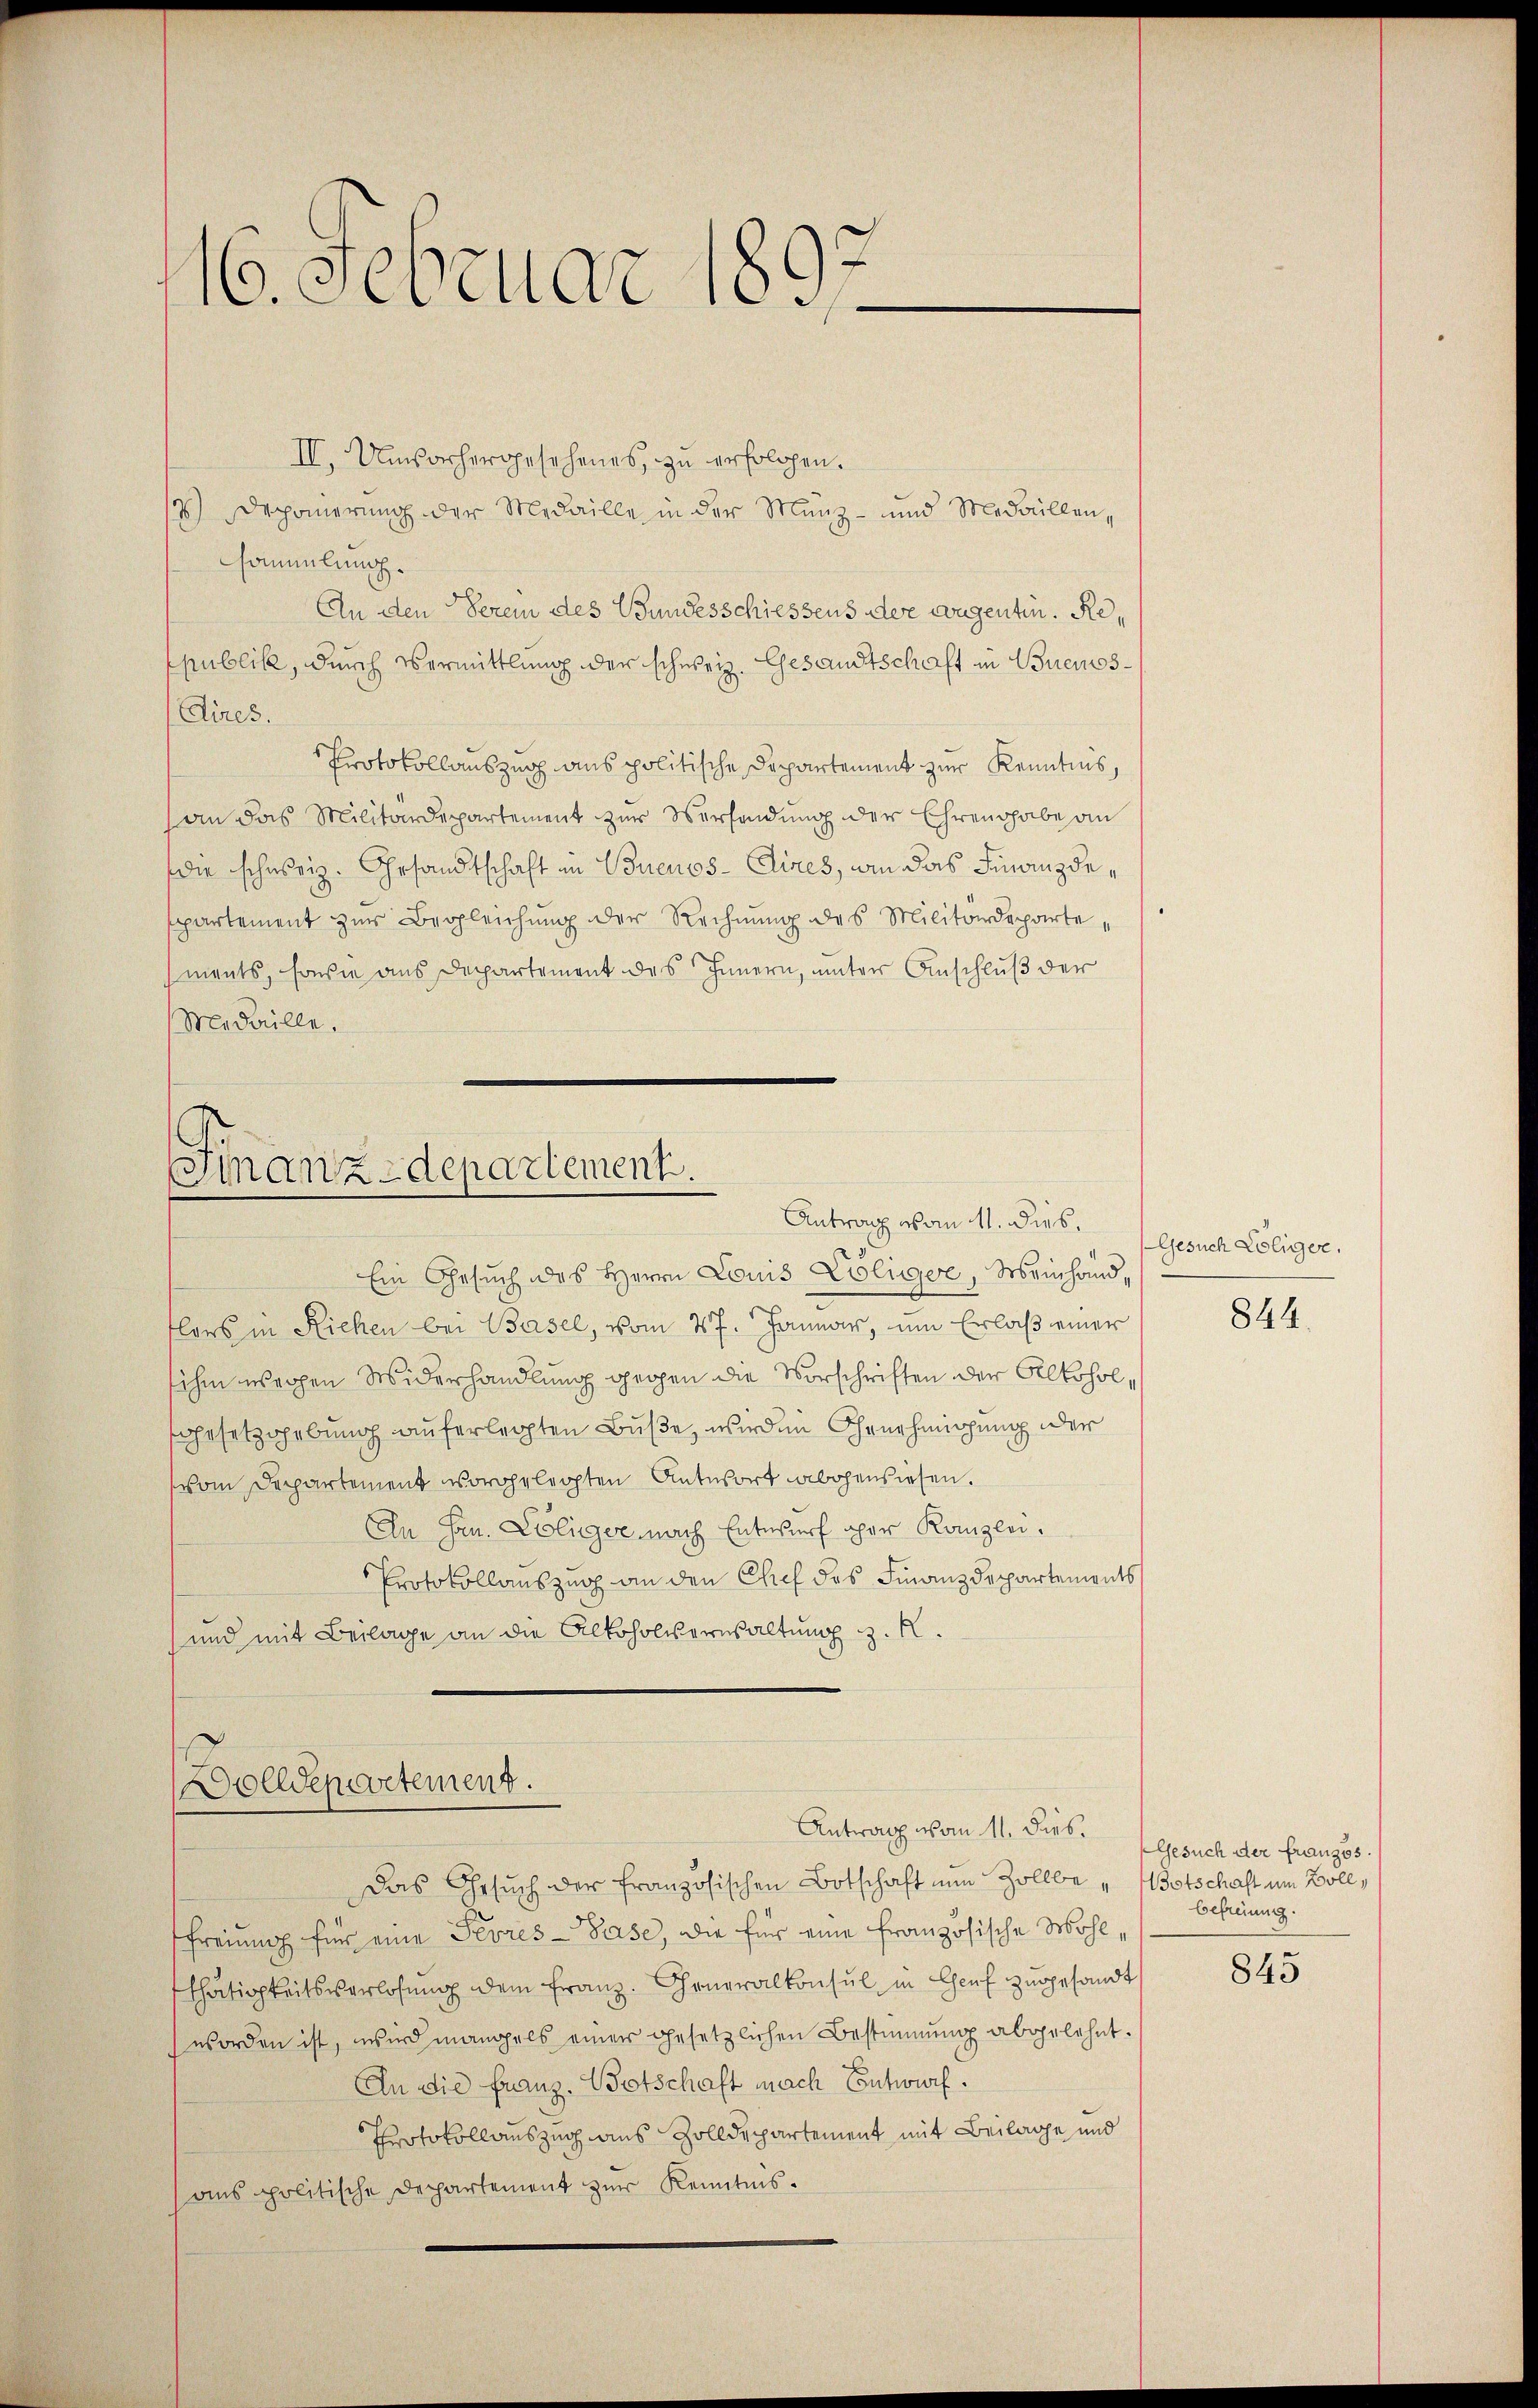
10. Februar 1

II. Unvorhergesehenes, zu erfolgen.
7) Deponierung der Medaille in der Münz- und Medaillen,
Sammlung.
An den derem des Bundesschiessens der wegentin. Republik, durch Vermittlung der schweiz. Gesandtschaft in Buenos¬
Aires.
Protokollauszug aus politische Departement zur Kenntnis,
an das Militärdepartement zur Versendung der Ehren habe an
die schweiz. Gesandtschaft in Buenos-Aires, wie das Finanzdespartement zur Begleichung der Rechnŭng des Militärdepartements, sowie aus Departement des Innern, unter Anschluß der
Medaille.

Finanzdepartement.
Antrag vom 11. dies.

Dolldepartement.
Antrag von 11. Dies. Gesuch der Französ.

Ein Gesuch des Herrn Louis Zöliger, Meinhandlors in Riehen bei Basel, vom 27. Januar, um Erlaß einer
sihm werden Widerhandlung gegen die Vorschriften der Alkohol,
hertzohebung auferlegten Buße, wird in Genehmigung oder
vom Departement vorgelegten Antwort abgewiesen.
An Hrn. Coliger, nach Entwurf oher Kanzlei.
Protokollauszug an den Chef das Finanzdepartements
und mit Beilage an die Alkoholverwaltung z. R.

Das Gesuch der französischen Botschaft nun Zollbe Botschaft um Boll,
Freiung für eine Sevres-Base, die für eine Französische Wohl,
thätigkeitsverlosung dem Franz. Generalkonsul in Genf zugesandt
worden ist, wird mangels einer gesetzlichen Bestimmung abgelehnt.
An die Franz. Botschaft nach Entwurf.
Protokollauszug aus Zolldepartement mit Beilage und
anspolitische Departement zur Kenntnis.

Gesuch Löliger.

844.

befreiung.

845